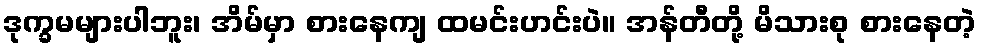
ဒုက္ခမများပါဘူး၊ အိမ်မှာ စားနေကျ ထမင်းဟင်းပဲ။ အန်တီတို့ မိသားစု စားနေတဲ့